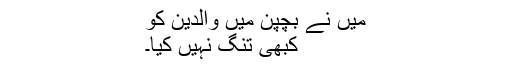
میں نے بچپن میں والدین کو
کبھی تنگ نہیں کیا۔